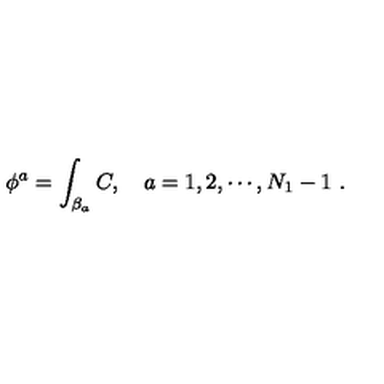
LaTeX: \phi ^ { a } = \int _ { \beta _ { a } } C , \quad a = 1 , 2 , \cdots , N _ { 1 } - 1 \ .